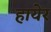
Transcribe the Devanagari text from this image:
हायेर